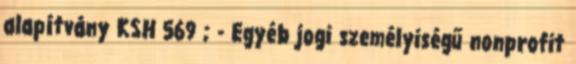
alapítvány KSH 569 ; - Egyéb jogi személyiségű nonprofit